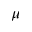
\mu